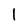
Character: 1